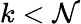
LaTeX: k<\mathcal{N}